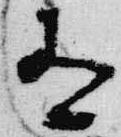
有